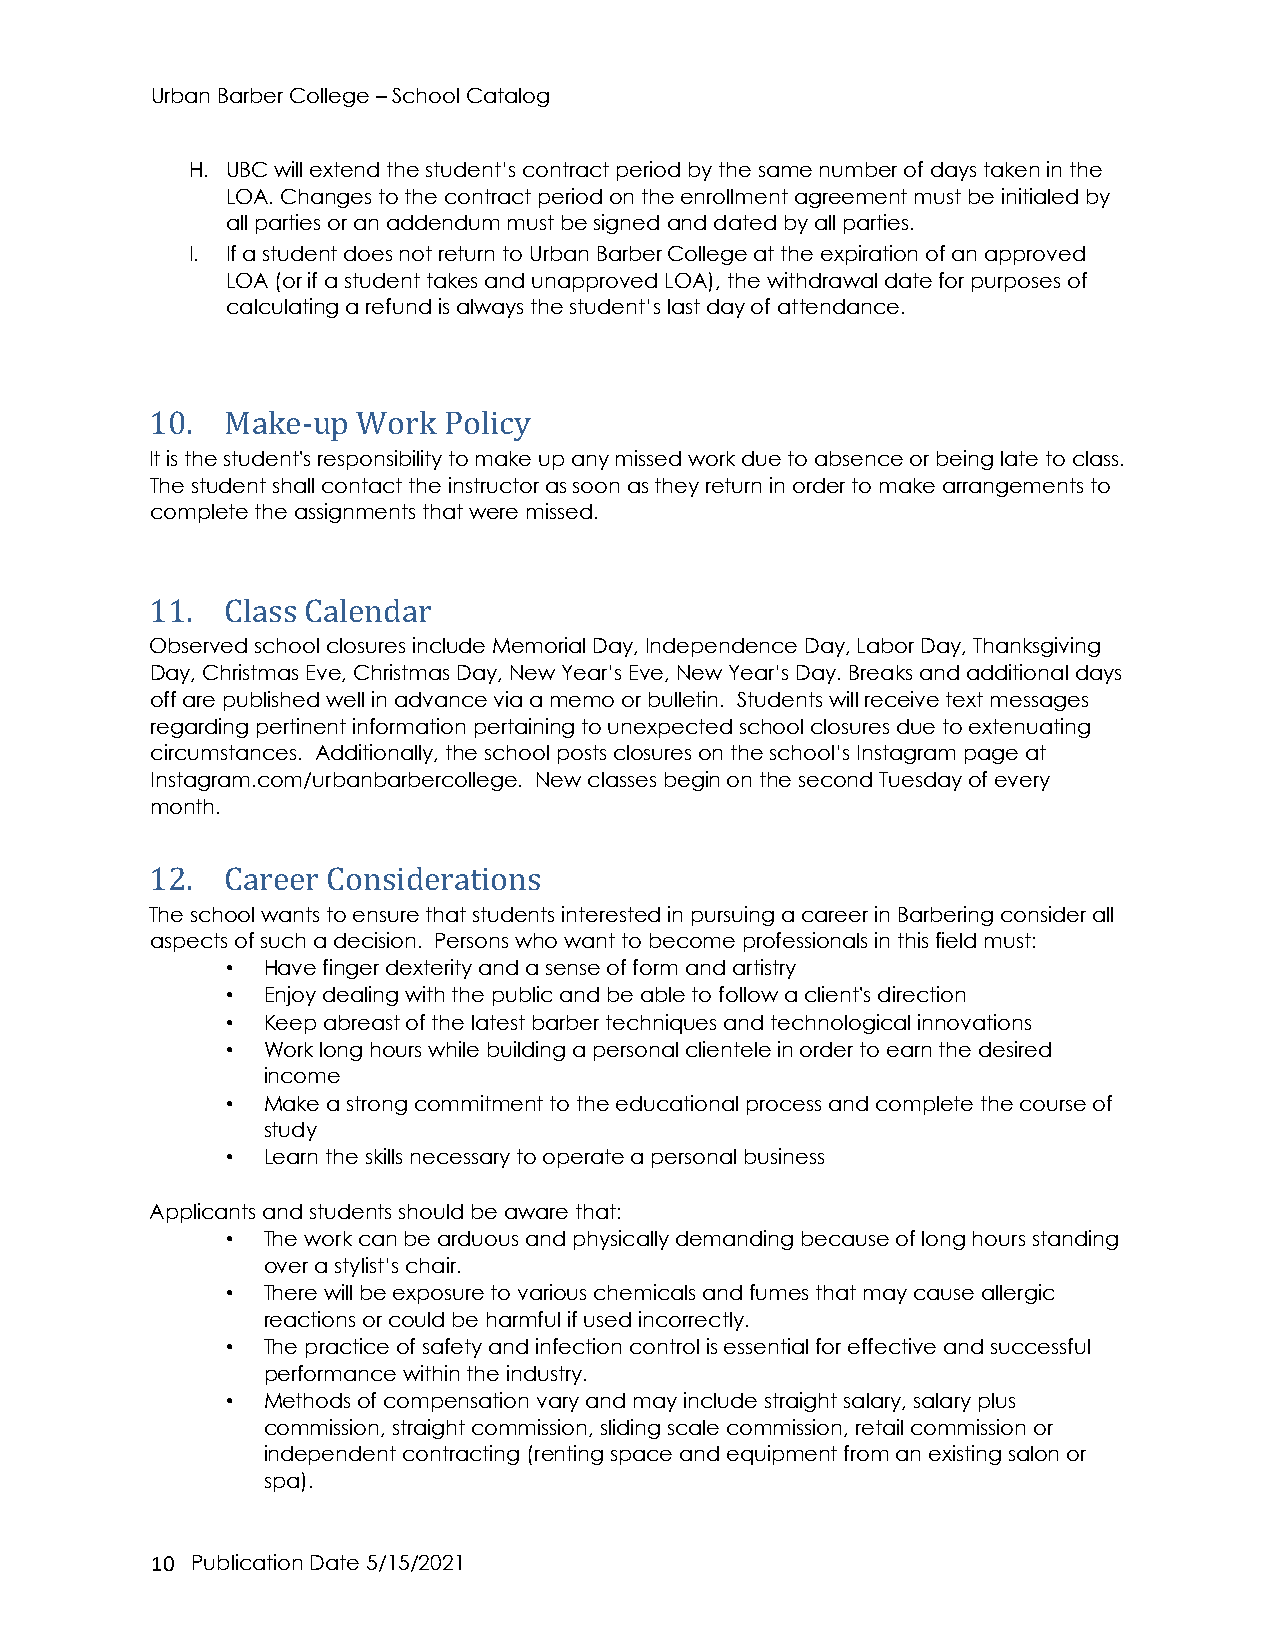
Urban Barber College – School Catalog
 H. UBC will extend the student’s contract period by the same number of days taken in the
 LOA. Changes to the contract period on the enrollment agreement must be initialed by
 all parties or an addendum must be signed and dated by all parties.
 I. If a student does not return to Urban Barber College at the expiration of an approved
 LOA (or if a student takes and unapproved LOA), the withdrawal date for purposes of
 calculating a refund is always the student’s last day of attendance.
 10.  Make-up  Work Policy
 It is the student's responsibility to make up any missed work due to absence or being late to class.
 The student shall contact the instructor as soon as they return in order to make arrangements to
 complete the assignments that were missed.
 11.  Class Calendar
 Observed school closures include Memorial Day, Independence Day, Labor Day, Thanksgiving
 Day, Christmas Eve, Christmas Day, New Year’s Eve, New Year’s Day. Breaks and additional days
 off are published well in advance via a memo or bulletin. Students will receive text messages
 regarding pertinent information pertaining to unexpected school closures due to extenuating
 circumstances. Additionally, the school posts closures on the school’s Instagram page at
 Instagram.com/urbanbarbercollege. New classes begin on the second Tuesday of every
 month.
 12.  Career Considerations
 The school wants to ensure that students interested in pursuing a career in Barbering consider all
 aspects of such a decision. Persons who want to become professionals in this field must:
 • Have finger dexterity and a sense of form and artistry
 • Enjoy dealing with the public and be able to follow a client's direction
 • Keep abreast of the latest barber techniques and technological innovations
 • Work long hours while building a personal clientele in order to earn the desired
 income
 • Make a strong commitment to the educational process and complete the course of
 study
 • Learn the skills necessary to operate a personal business
 Applicants and students should be aware that:
 • The work can be arduous and physically demanding because of long hours standing
 over a stylist’s chair.
 • There will be exposure to various chemicals and fumes that may cause allergic
 reactions or could be harmful if used incorrectly.
 • The practice of safety and infection control is essential for effective and successful
 performance within the industry.
 • Methods of compensation vary and may include straight salary, salary plus
 commission, straight commission, sliding scale commission, retail commission or
 independent contracting (renting space and equipment from an existing salon or
 spa).
 1 0 Publication Date 5/15/2021